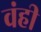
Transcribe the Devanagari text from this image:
वंही